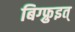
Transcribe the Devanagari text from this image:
बिग्फ्रुइत्